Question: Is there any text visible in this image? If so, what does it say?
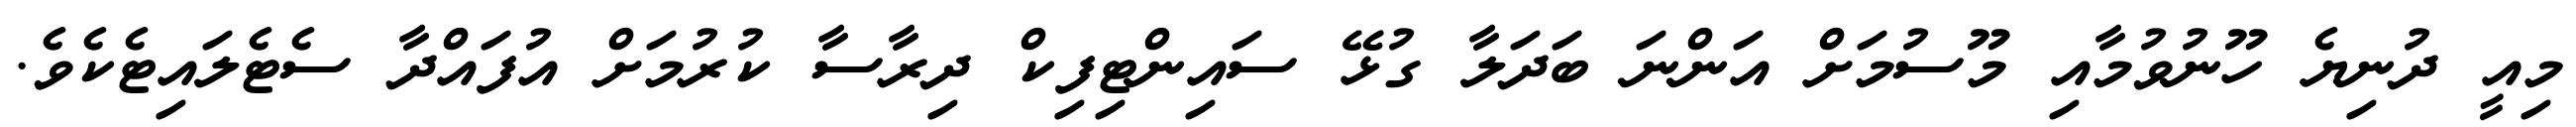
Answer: މިއީ ދުނިޔެ ހޫނުވުމާއި މޫސުމަށް އަންނަ ބަދަލާ ގުޅޭ ސައިންޓިފިކް ދިރާސާ ކުރުމަށް އުފައްދާ ސެޓެލައިޓެކެވެ.